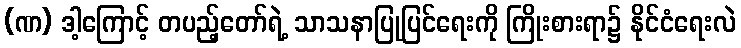
(ဏ) ဒါ့ကြောင့် တပည့်တော်ရဲ့ သာသနာပြုပြင်ရေးကို ကြိုးစားရာ၌ နိုင်ငံရေးလဲ